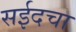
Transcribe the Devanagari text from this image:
सईदचा